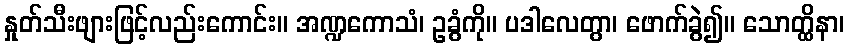
နှုတ်သီးဖျားဖြင့်လည်းကောင်း။ အဏ္ဍကောသံ၊ ဥခွံကို။ ပဒါလေတွာ၊ ဖောက်ခွဲ၍။ သောတ္ထိနာ၊